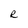
Character: R